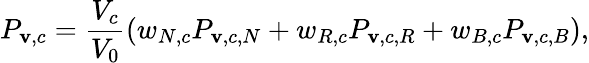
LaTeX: P_{\mathbf{v},c}=\frac{{V_{c}}}{{V_{0}}}(w_{N,c}P_{\mathbf{v},c,N}+w_{R,c}P_{\mathbf{v},c,R}+w_{B,c}P_{\mathbf{v},c,B}),